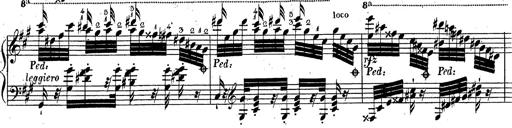
Title: Grande fantaisie sur la tyrolienne de l'opÃ©ra
Composer: Franz Liszt
Key: A major